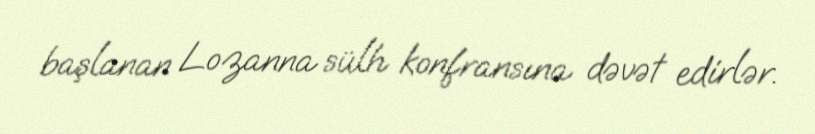
başlanan Lozanna sülh konfransına dəvət edirlər.